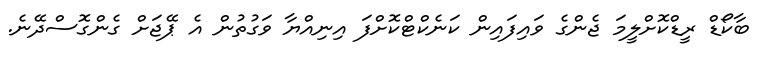
ބާކޯޑް ރީޑްކޮށްލީމަ ޖެންގެ ވައިފައިން ކަނެކްޓްކޮށްފަ އިނިއްޔާ ވަގުތުން އެ ޕޭޖަށް ގެންގޮސްދޭނެ.